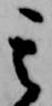
其